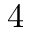
4